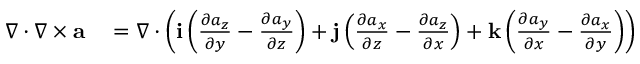
\begin{array} { r l } { \nabla \cdot \nabla \times { \mathbf a } } & { { } = \nabla \cdot \left( { \mathbf i } \left( \frac { \partial a _ { z } } { \partial y } - \frac { \partial a _ { y } } { \partial z } \right) + { \mathbf j } \left( \frac { \partial a _ { x } } { \partial z } - \frac { \partial a _ { z } } { \partial x } \right) + { \mathbf k } \left( \frac { \partial a _ { y } } { \partial x } - \frac { \partial a _ { x } } { \partial y } \right) \right) } \end{array}